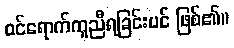
ဝင်ရောက်ကူညီရခြင်းပင် ဖြစ်၏။